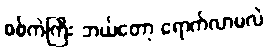
စစ်ကဲကြီး ဘယ်တော့ ရောက်လာမလဲ